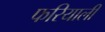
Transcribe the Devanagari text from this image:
फरियाली